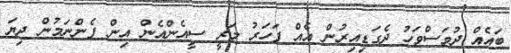
ބައެއް ދުވަސްވަހު ދެގަޑިއިރުން އެއް ފަހަރު މަރީ ސީއެންއެން އިން ފެންނަމުން ދިޔަ